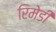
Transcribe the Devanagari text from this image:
रिमेडी